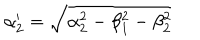
\alpha _ { 2 } ^ { \prime } = \sqrt { \alpha _ { 2 } ^ { 2 } - \beta _ { 1 } ^ { 2 } - \beta _ { 2 } ^ { 2 } }